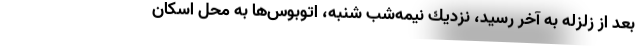
بعد از زلزله به آخر رسيد، نزديك نيمه‌شب شنبه، اتوبوس‌ها به محل اسكان